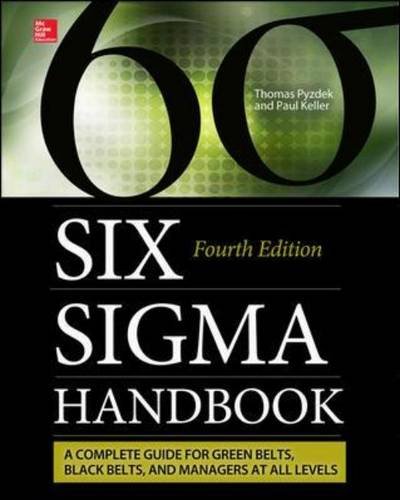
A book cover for The Six Sigma Handbook, Fourth Edition; Thomas Pyzdek; Engineering & Transportation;